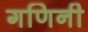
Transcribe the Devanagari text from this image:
गणिनी